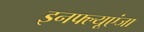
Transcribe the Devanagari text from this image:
इनफ्ल्यूएंजा